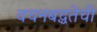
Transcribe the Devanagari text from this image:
वचनबद्धतेची